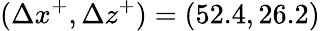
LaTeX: (\Delta x^{+},\Delta z^{+})=(52.4,26.2)